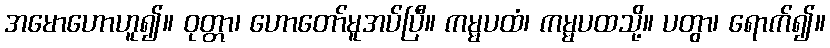
အမောဟောဟူ၍။ ဝုတ္တာ၊ ဟောတော်မူအပ်ပြီ။ ကမ္မပထံ၊ ကမ္မပထသို့။ ပတွာ၊ ရောက်၍။